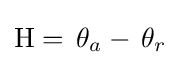
{\text{H}}=\,\theta _{a}-\,\theta _{r}